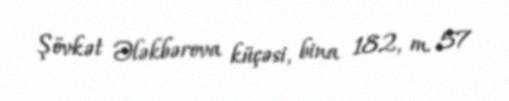
Şövkət Ələkbərova küçəsi, bina 182, m. 57